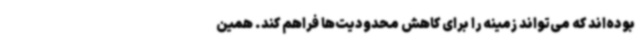
بوده‌اند که می‌تواند زمینه را برای کاهش محدودیت‌ها فراهم کند. همین